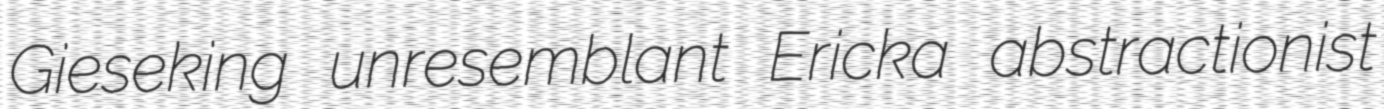
Gieseking unresemblant Ericka abstractionist